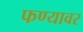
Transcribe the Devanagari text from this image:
फण्यावर